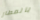
بالمطار